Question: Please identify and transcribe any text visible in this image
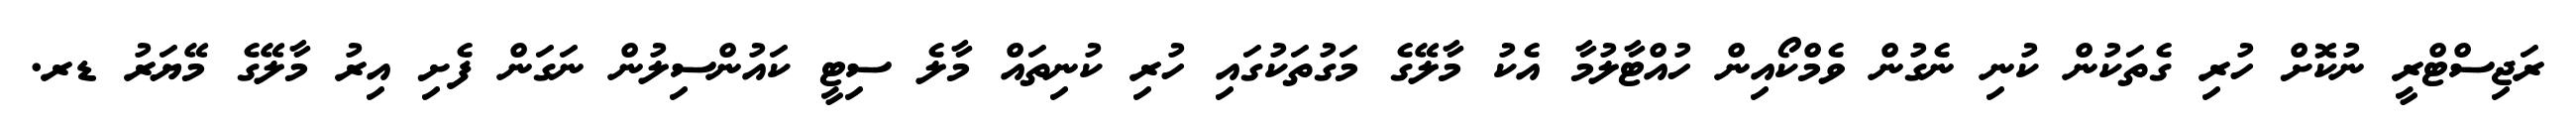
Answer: ރަޖިސްޓްރީ ނުކޮށް ހުރި ގެތަކުން ކުނި ނެގުން ވެމްކޯއިން ހުއްޓާލުމާ އެކު މާލޭގެ މަގުތަކުގައި ހުރި ކުނިތައް މާލެ ސިޓީ ކައުންސިލުން ނަގަން ފެށި އިރު މާލޭގެ މޭޔަރު ޑރ.